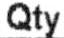
QTY